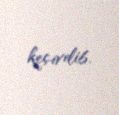
keçirilib.